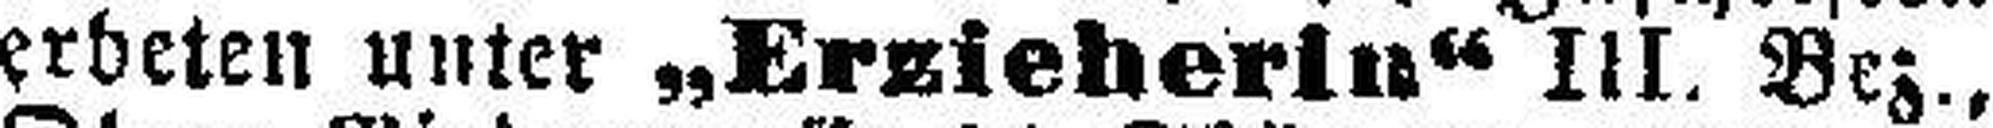
erbeten unter „Erzieherin“ III. Bez.,